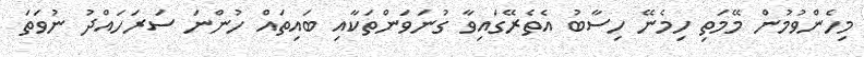
މިހެންވުމުން މޭމަތި ހިމެނޭ ހިސާބު އެތެރޭގައިވާ ގުނަވަންތަކާއި ބައިތައް ހުންނަ ސަރަހައްދު ނުވަތަ